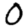
Digit: 0